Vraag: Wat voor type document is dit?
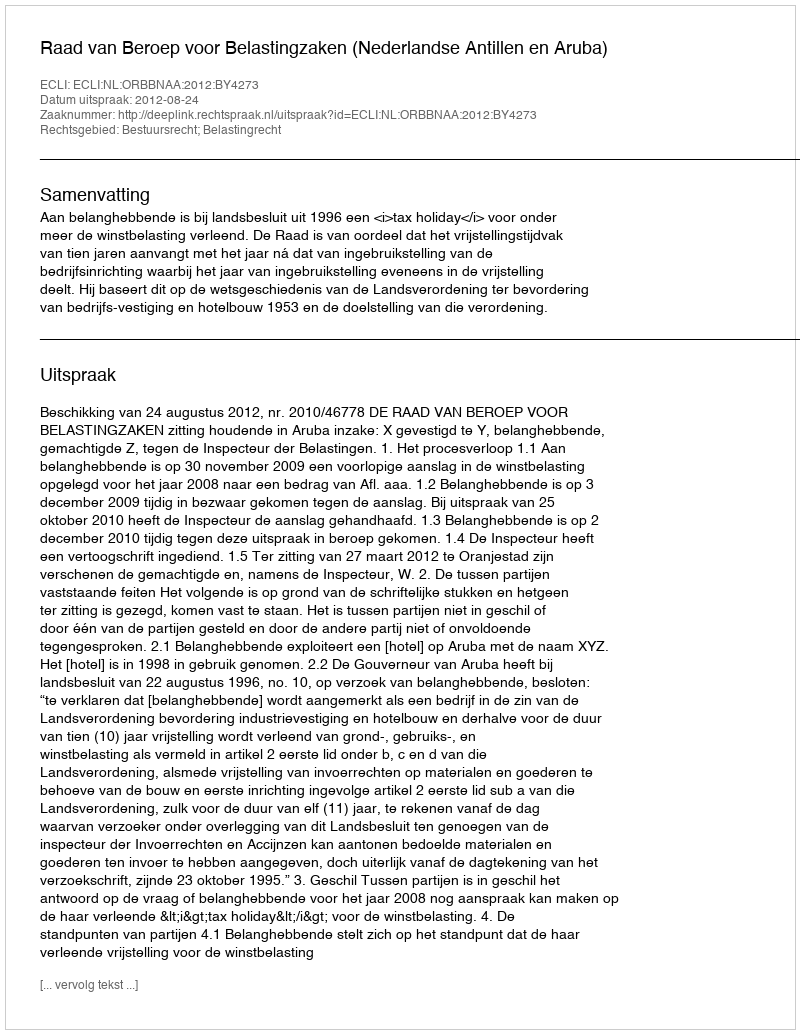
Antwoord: Uitspraak